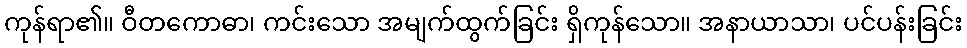
ကုန်ရာ၏။ ဝီတကောဓာ၊ ကင်းသော အမျက်ထွက်ခြင်း ရှိကုန်သော။ အနာယာသာ၊ ပင်ပန်းခြင်း